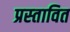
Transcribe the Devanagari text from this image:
प्रस्‍तावित